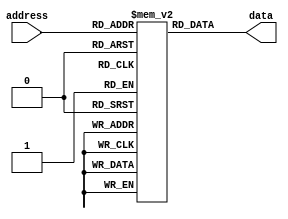
module MaskProgrammedROM(
    input wire [ADDR_WIDTH-1:0] address,
    output reg [DATA_WIDTH-1:0] data
);

// Define parameters for address width and data width
parameter ADDR_WIDTH = 8;
parameter DATA_WIDTH = 8;

// Define the data stored in the ROM
reg [DATA_WIDTH-1:0] rom [0:2**ADDR_WIDTH-1];

initial begin
    // Initialize the ROM with data values
    rom[0] = 8'b00000000; // Example data values for memory block 0
    rom[1] = 8'b00000001; // Example data values for memory block 1
    // Add more memory blocks as needed
end

always @(*) begin
    // Read data from the ROM based on the input address
    data = rom[address];
end

endmodule